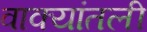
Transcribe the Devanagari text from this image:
वाक्यांतली